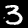
Digit: 3